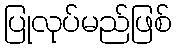
ပြုလုပ်မည်ဖြစ်